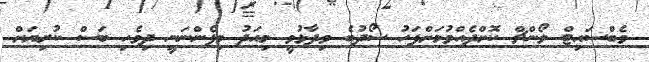
ވެބްސައިޓް ލޯންޗް ކޮށްދެއްވުމަށްފަހު ސޯދުބެ ވިދާޅުވީ މިއަދު މިފެންނަނީ ދިވެހި ބަސް ކުރިޔަށް